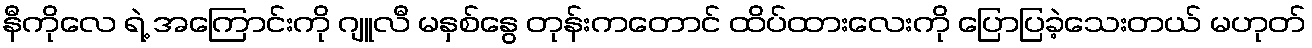
နီကိုလေ ရဲ့ အကြောင်းကို ဂျူလီ မနှစ်နွေ တုန်းကတောင် ထိပ်ထားလေးကို ပြောပြခဲ့သေးတယ် မဟုတ်